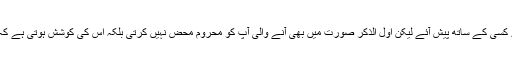
موخر الذکر صورت تو اللہ نہ کرے کسی کے ساتھ پیش آئے لیکن اول الذکر صورت میں بھی آنے والی آپ کو محرومِ محض نہیں کرتی بلکہ اُس کی کوشش ہوتی ہے کہ شاعری کا بھی دال دلیہ چلتا رہے۔